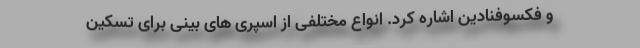
و فکسوفنادین اشاره کرد. انواع مختلفی از اسپری های بینی برای تسکین